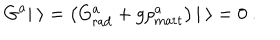
G ^ { a } | \ \rangle = \left( G _ { \mathrm { r a d } } ^ { a } + g \rho _ { \mathrm { m a t t } } ^ { a } \right) | \ \rangle = 0 \ .